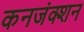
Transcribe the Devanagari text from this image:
कनजंक्शन